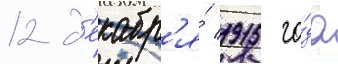
12 д'екабр'я́ 1915 го́да